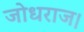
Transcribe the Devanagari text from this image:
जोधराज।